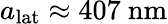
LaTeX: a_{\mathrm{lat}}\approx 407~\mathrm{nm}